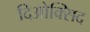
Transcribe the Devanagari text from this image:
दिओक्सिद